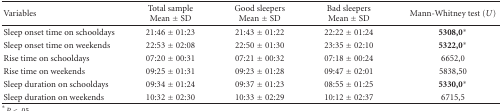
<table><thead><tr><td><b>Variables</b></td><td><b>Total sample Mean ± SD</b></td><td><b>Good sleepers Mean ± SD</b></td><td><b>Bad sleepers Mean ± SD</b></td><td><b>Mann-Whitney test (<i>U</i>)</b></td></tr></thead><tbody><tr><td>Sleep onset time on schooldays</td><td>21:46 ± 01:23</td><td>21:43 ± 01:22</td><td>22:22 ± 01:24</td><td><b>5308,0*</b></td></tr><tr><td>Sleep onset time on weekends</td><td>22:53 ± 02:08</td><td>22:50 ± 01:30</td><td>23:35 ± 02:10</td><td><b>5322,0*</b></td></tr><tr><td>Rise time on schooldays</td><td>07:20 ± 00:31</td><td>07:21 ± 00:32</td><td>07:18 ± 00:24</td><td>6652,0</td></tr><tr><td>Rise time on weekends</td><td>09:25 ± 01:31</td><td>09:23 ± 01:28</td><td>09:47 ± 02:01</td><td>5838,50</td></tr><tr><td>Sleep duration on schooldays</td><td>09:34 ± 01:24</td><td>09:37 ± 01:23</td><td>08:55 ± 01:25</td><td><b>5330,0*</b></td></tr><tr><td>Sleep duration on weekends</td><td>10:32 ± 02:30</td><td>10:33 ± 02:29</td><td>10:12 ± 02:37</td><td>6715,5</td></tr></tbody></table>